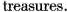
treasures.